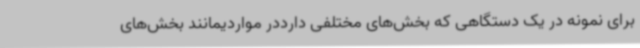
برای نمونه در یک دستگاهی که بخش‌های مختلفی دارددر مواردیمانند بخش‌های